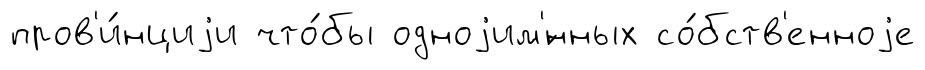
пров'и́нциjи что́бы одноjим'́нных со́бств'енноjе